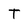
Character: T